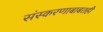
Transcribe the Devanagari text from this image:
संस्करणाबाबतही